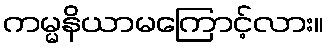
ကမ္မနိယာမကြောင့်လား။